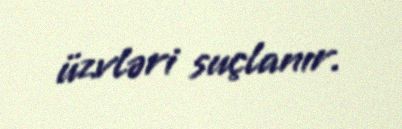
üzvləri suçlanır.